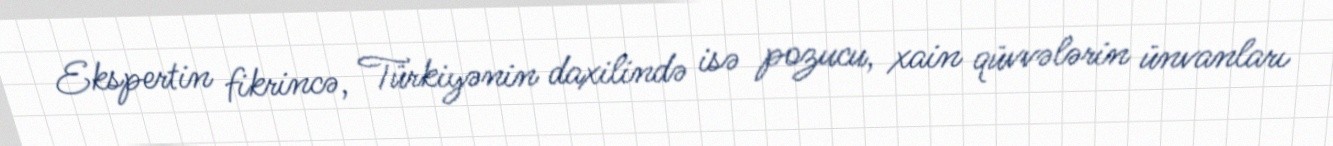
Ekspertin fikrincə, Türkiyənin daxilində isə pozucu, xain qüvvələrin ünvanları